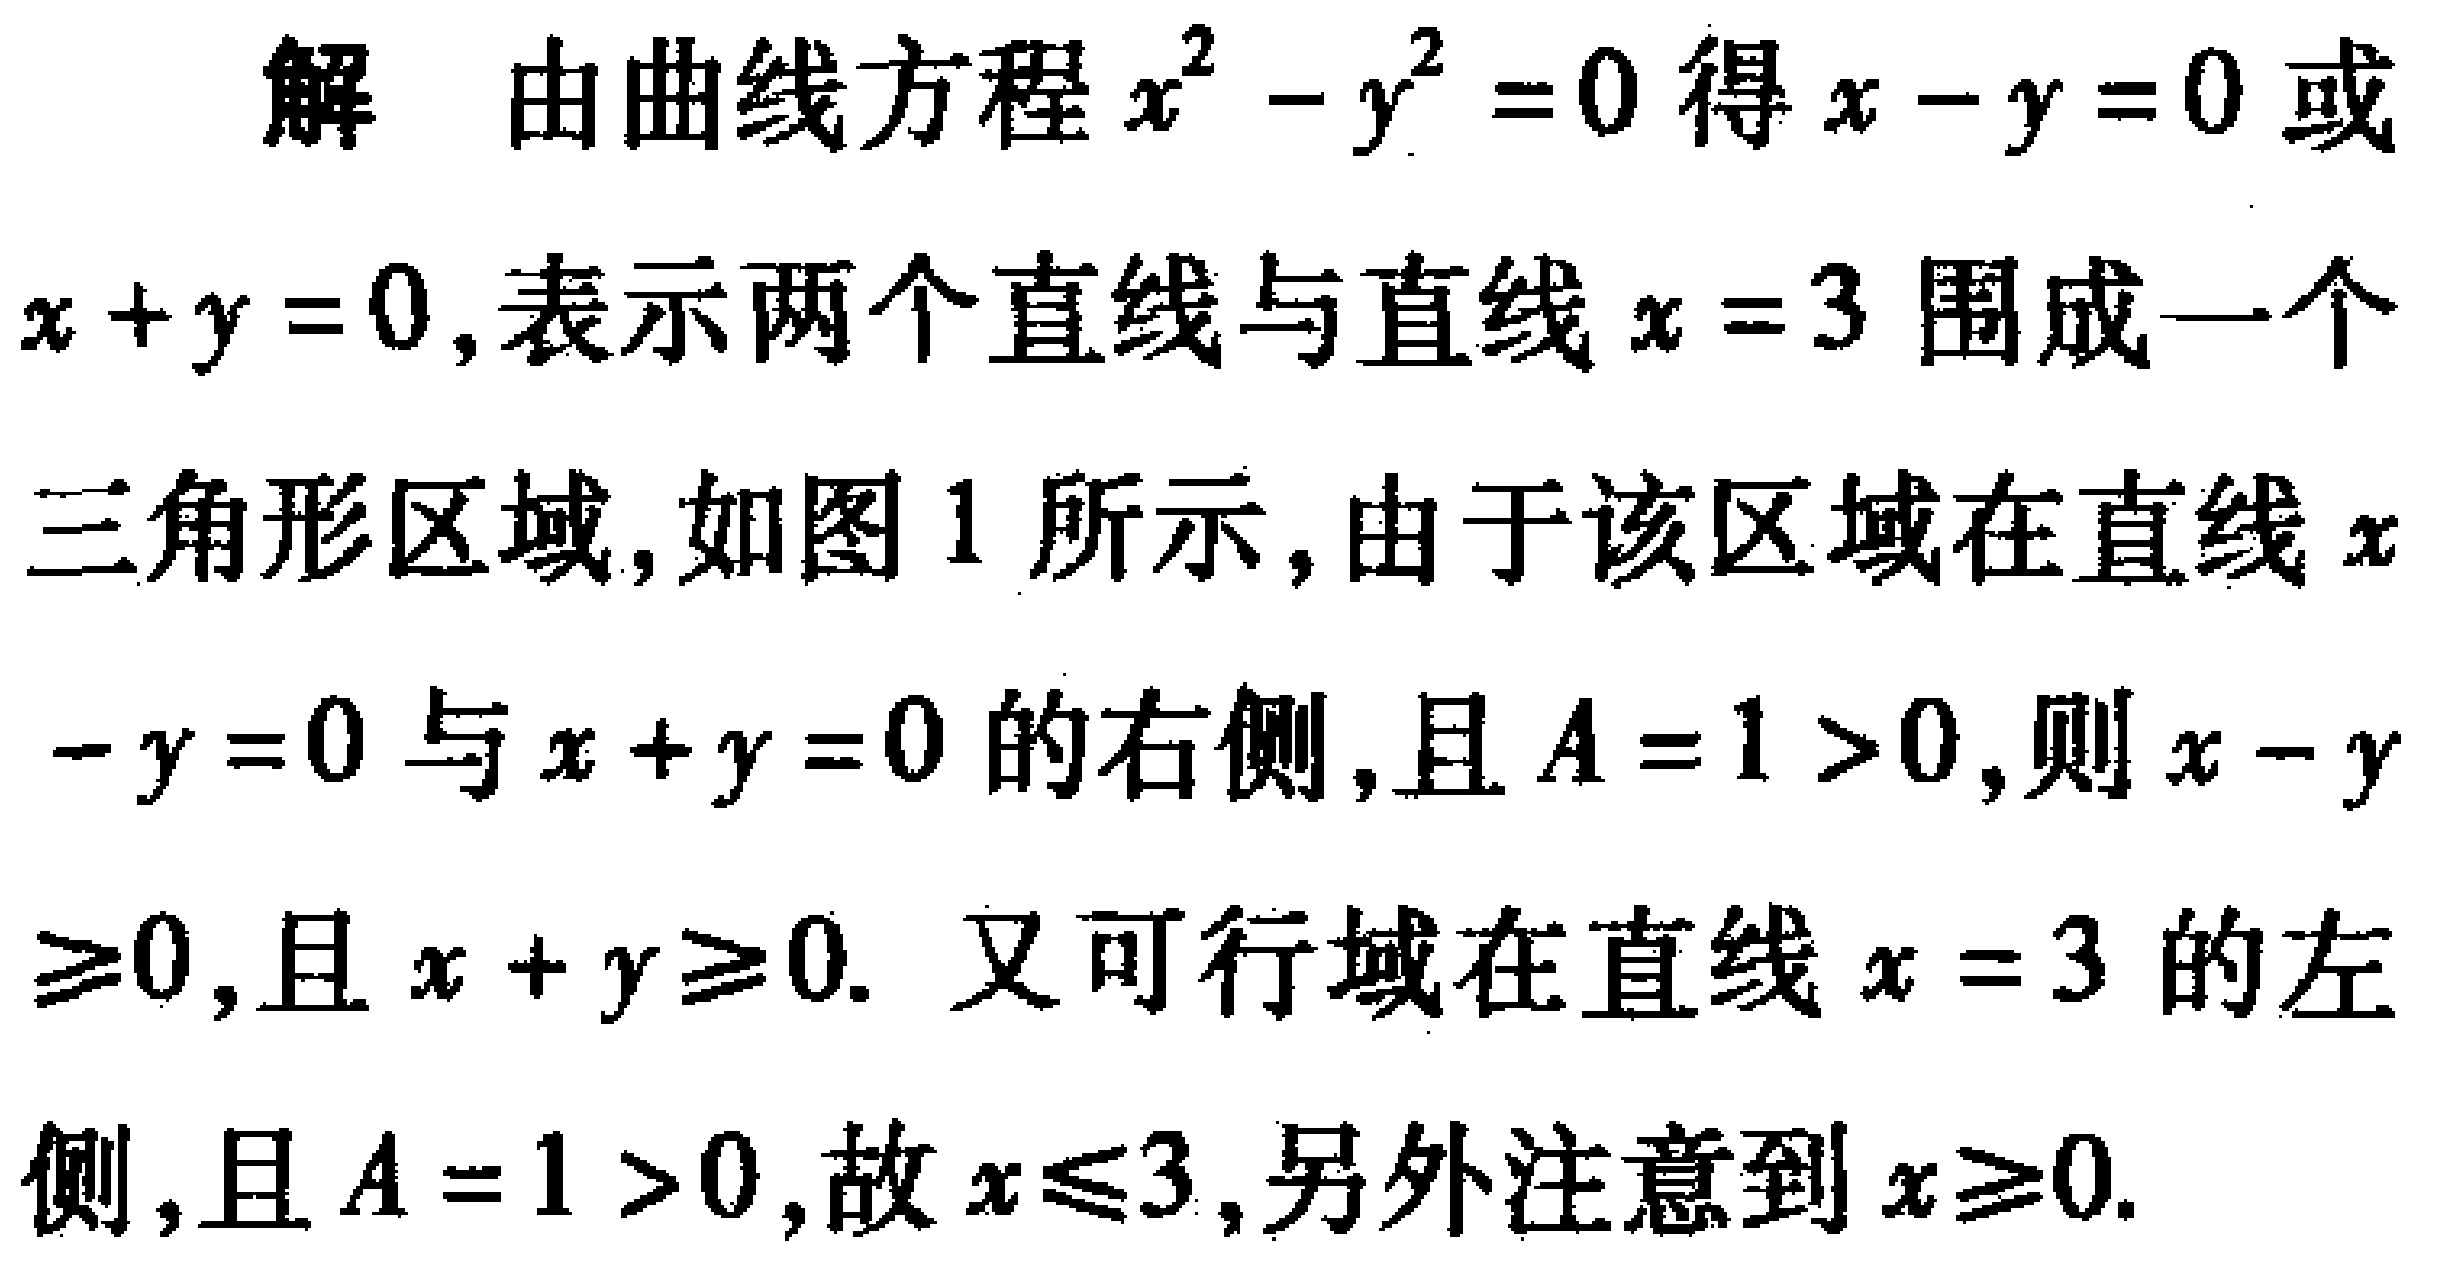
解 由曲线方程\(x^{2}-y^{2}=0\)得\(x - y = 0\)或\(x + y = 0\),表示两个直线与直线\(x = 3\)围成一个三角形区域,如图1所示,由于该区域在直线\(x - y = 0\)与\(x + y = 0\)的右侧,且\(A = 1 > 0\),则\(x - y\geqslant0\),且\(x + y\geqslant0\). 又可行域在直线\(x = 3\)的左侧,且\(A = 1 > 0\),故\(x\leqslant3\),另外注意到\(x\geqslant0\).